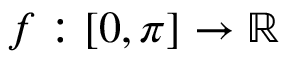
f : [ 0 , \pi ] \to \mathbb { R }